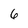
Character: 6